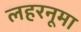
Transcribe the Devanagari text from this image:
लहरनूमा